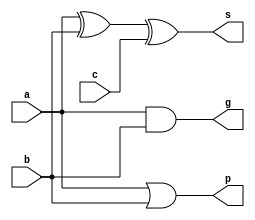
module add(a,b,c,g,p,s);
	input a,b,c;
	output g,p,s;
	assign s=a^b^c;
	assign g=a&b;
	assign p=a|b;
	
endmodule